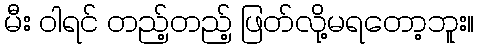
မီး ဝါရင် တည့်တည့် ဖြတ်လို့မရတော့ဘူး။